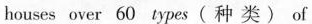
houses over 60 types( 种 类)